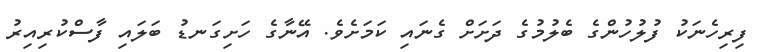
ފިރިހެނަކު ފުލުހުންގެ ބެލުމުގެ ދަށަށް ގެނައި ކަމަށެވެ. އޭނާގެ ހަށިގަނޑު ބަލައި ފާސްކުރިއިރު